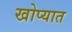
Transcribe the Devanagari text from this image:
खोप्यात